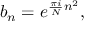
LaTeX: b _ { n } = e ^ { { \frac { \pi i } { N } } n ^ { 2 } } ,